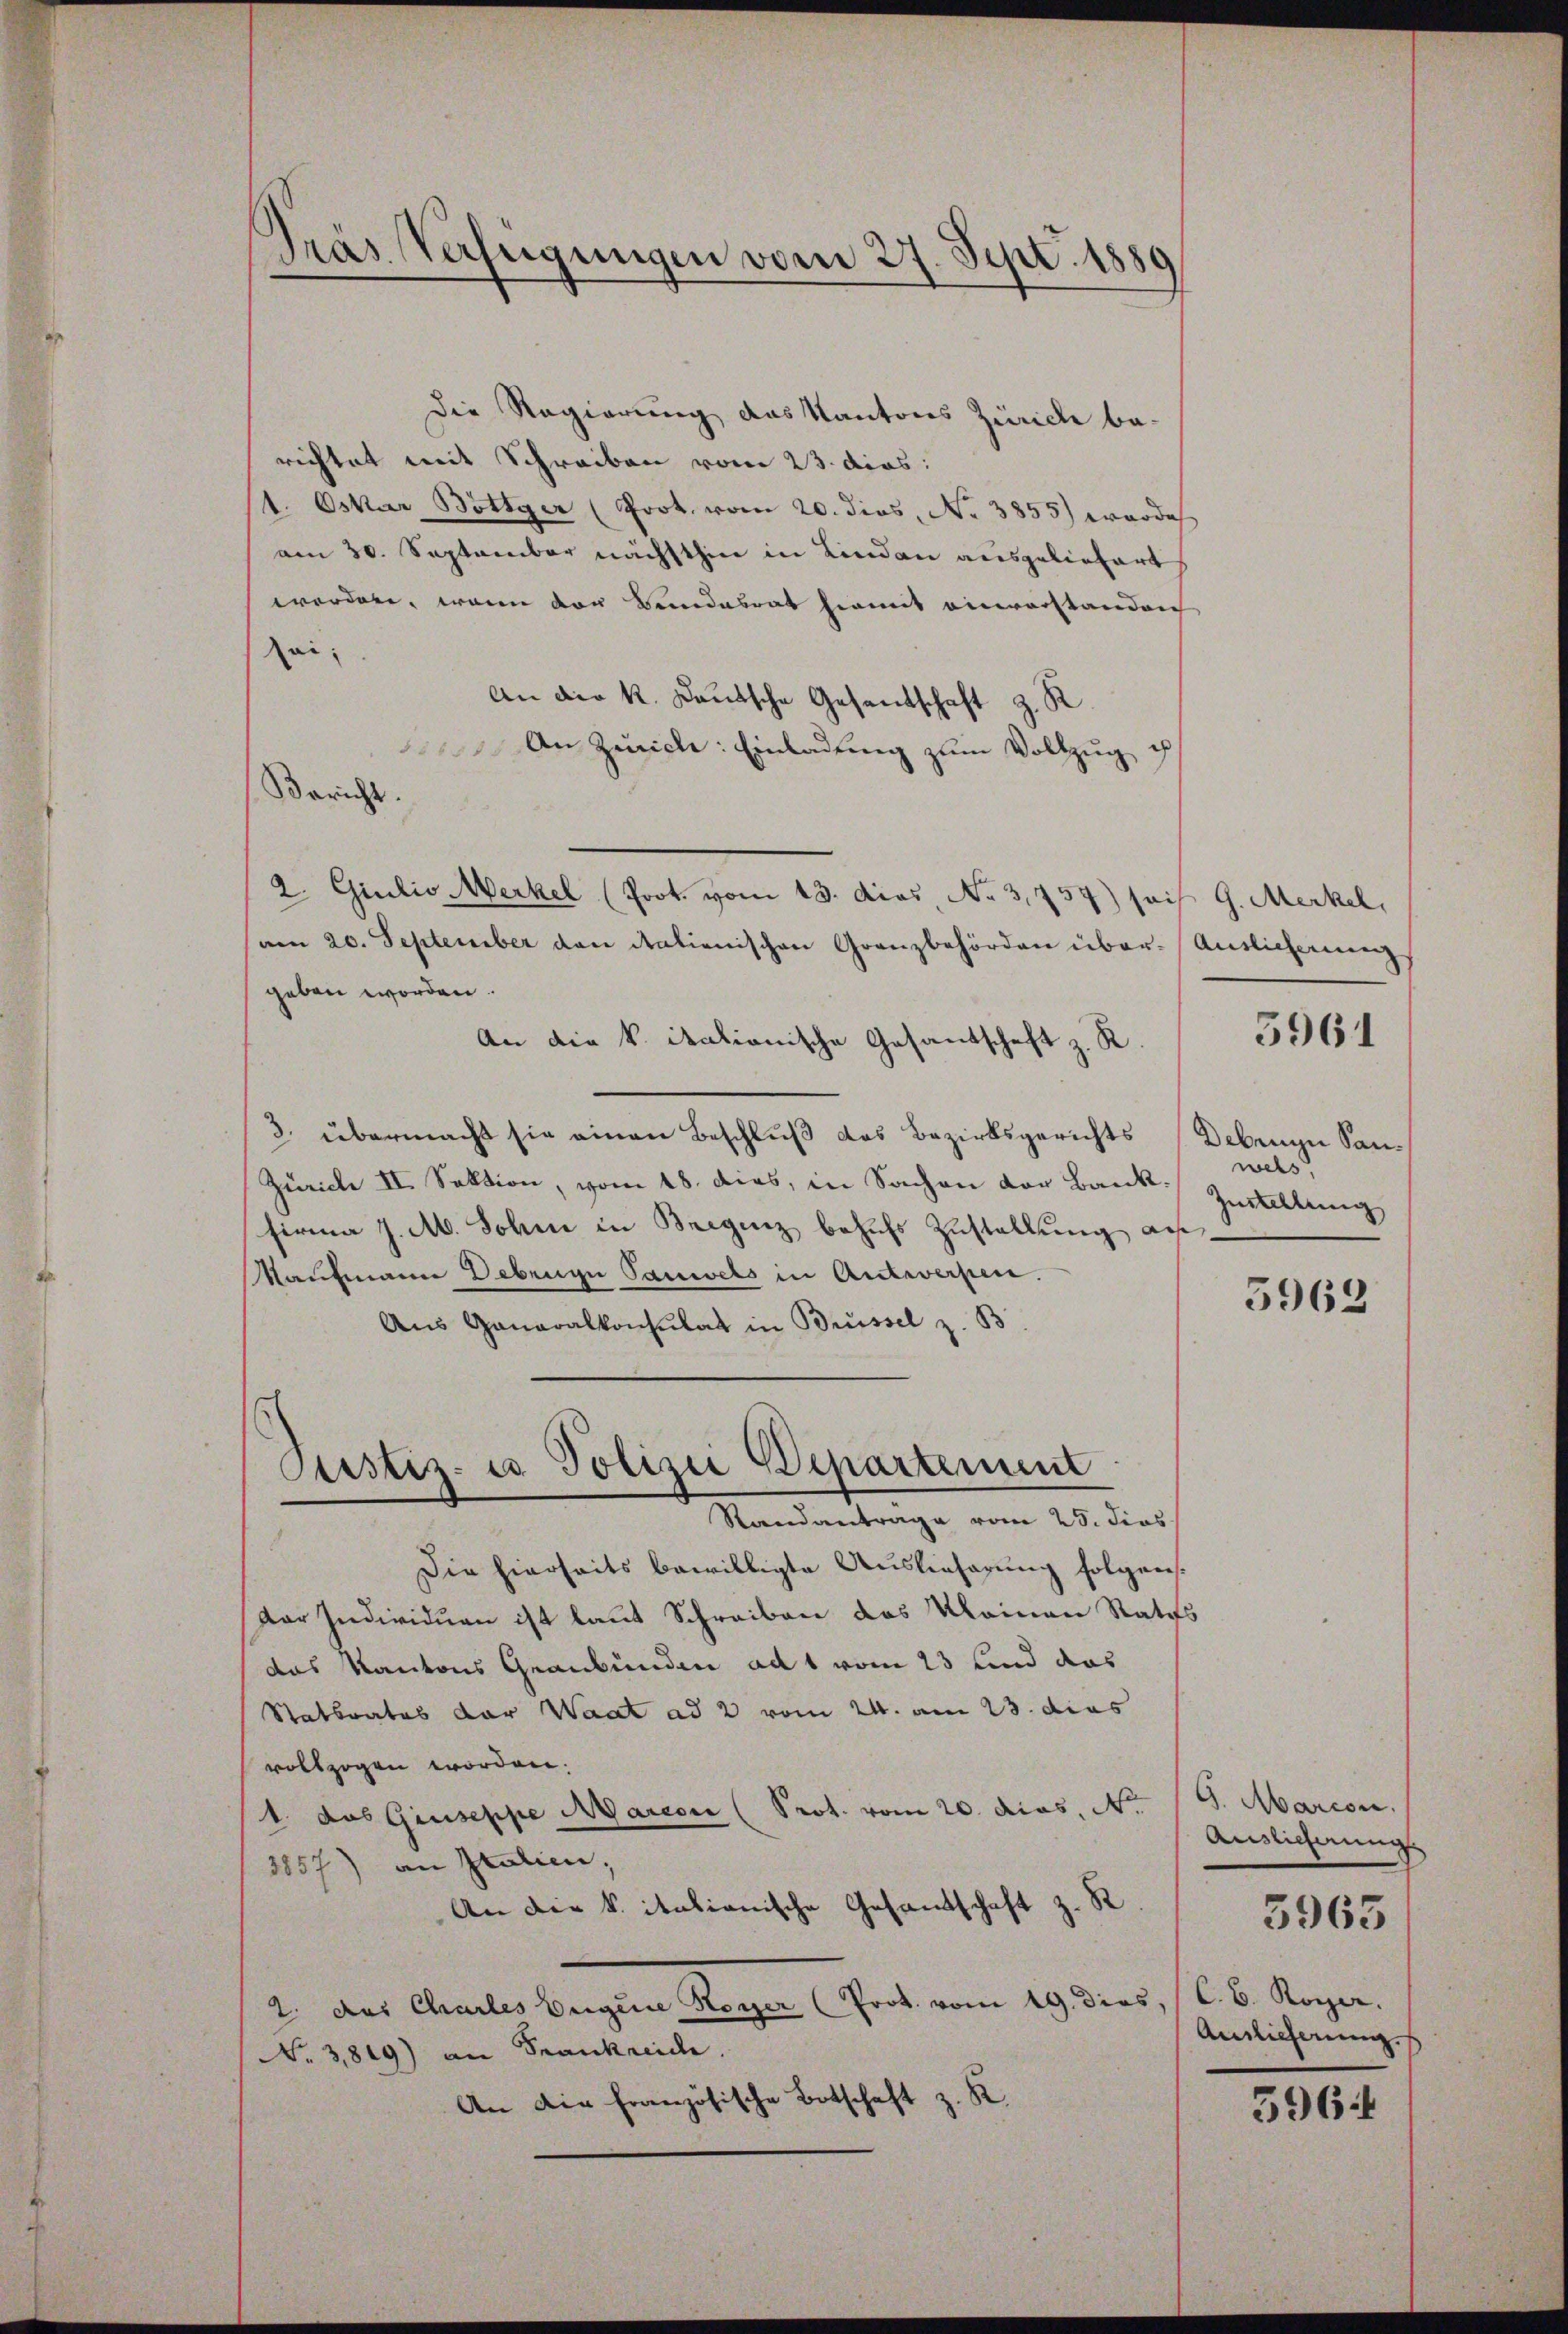
Pras Verfügungen vom 27. St
Sept. 1880
“

Die Regierung das Kantons Zürich be-
richtet mit Schreiben vom 23. dies:
t. Oskar Bottger (Prot. vom 20. dies, No 3855) wordes
am 30. September nächsthin in Lindau ausgeliefert
werden, wenn der Bundesrat hiemit einverstanden
ai¬
An die k. Kautsche Gesandschaft z. R
An Zürich: Einladung zum Vollzug ih
Bericht.
2 Giulio Merkel (Prot. vom 13. dies No 3,757) sois G. Merkel,
aen 20. September den italienischen Granzbehörden über-Anslicherung
geben worden.
An die k. italionische Gesandschaft z. R.
3. übermacht sie einen Beschluß das Bezirksgerichts
Zürich II. Sektion, vom 18. dies, in Sachen der Bank. Zustellung
firma J. M. John in Bregenz behufs Zustellung au
Kaufmann Debrige Tauwels in Antwerpen.
Aus Generalkonsulat in Brüssel z. B
Pustiz- u Polizei Departement
Randantrage vom 25. dies
Die hierseits bewilligte Auslieferung folgen.
Dor Individuen ist laut Schreiben das kleinen Rates
das Kantons Graubünden ad 1 vom 23 und das
Statbrates der Waat ad 2 vom 24. am 23. dies
vollzogen worden.
1. das Giuseppe Marcon (Prot. vom 20. dies, No.
3857) an Italien;
An die k. italianische Gesandtschaft z. R
2. das Charles Eigene Royer (Prot. vom 19. dies, (C. B. Roger.
NNo. 3819) an Frankreiche.
An die Französische Botschaft z. R.

Deben zu Sanwels

5961

5962

G. Marcon.
Auslicherungs
Auslieferung.
596

3963